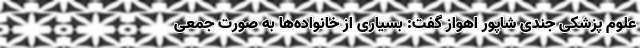
علوم پزشکی جندی شاپور اهواز گفت: بسیاری از خانواده‌ها به صورت جمعی